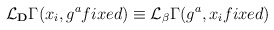
\begin{align*}{\cal L}_{\bf D} \Gamma (x_i, g^a fixed) \equiv {\cal L}_{\bf \beta}\Gamma (g^a,x_ifixed)\end{align*}